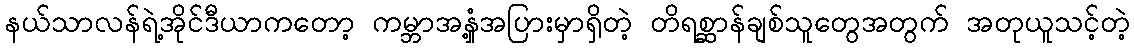
နယ်သာလန်ရဲ့အိုင်ဒီယာကတော့ ကမ္ဘာအနှံ့အပြားမှာရှိတဲ့ တိရစ္ဆာန်ချစ်သူတွေအတွက် အတုယူသင့်တဲ့